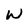
Character: W